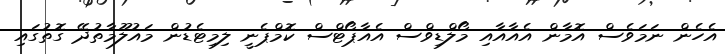
އެހެން ނަމަވެސް އޮމާން އެއާއާއި މޯލްޑިވްސް އެއާޕޯޓްސް ކޮމްޕެނީ ލިމިޓެޑުން މައުލޫމާތުދޭ ގޮތުގައި